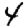
Digit: 4